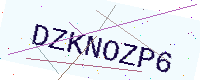
Text: DZKNOZP6